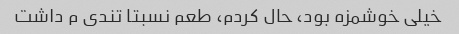
خیلی خوشمزه بود، حال کردم، طعم نسبتا تندی م داشت